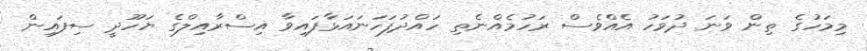
މިމަހުގެ ތިން ވަނަ ދުވަހު އެއްވެސް ރަހުމެއްނެތި ހައްދުފަހަނައަޅާފައިވާ އިސްރާއިލްގެ ޔަހޫދީ ސިފައިން